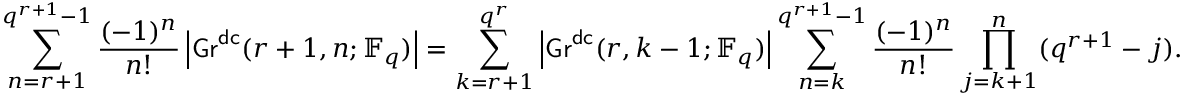
\sum _ { n = r + 1 } ^ { q ^ { r + 1 } - 1 } \frac { ( - 1 ) ^ { n } } { n ! } \left| \mathsf { G r } ^ { \mathsf { d c } } ( r + 1 , n ; \mathbb { F } _ { q } ) \right| = \sum _ { k = r + 1 } ^ { q ^ { r } } \left| \mathsf { G r } ^ { \mathsf { d c } } ( r , k - 1 ; \mathbb { F } _ { q } ) \right| \sum _ { n = k } ^ { q ^ { r + 1 } - 1 } \frac { ( - 1 ) ^ { n } } { n ! } \prod _ { j = k + 1 } ^ { n } ( q ^ { r + 1 } - j ) .